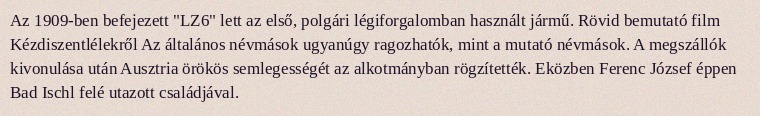
Az 1909-ben befejezett "LZ6" lett az első, polgári légiforgalomban használt jármű. Rövid bemutató film Kézdiszentlélekről Az általános névmások ugyanúgy ragozhatók, mint a mutató névmások. A megszállók kivonulása után Ausztria örökös semlegességét az alkotmányban rögzítették. Eközben Ferenc József éppen Bad Ischl felé utazott családjával.